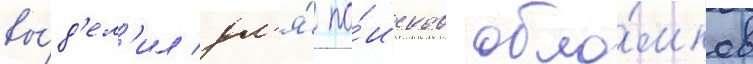
вы́д'ел'ил дл'я́ по́исков обло́мков